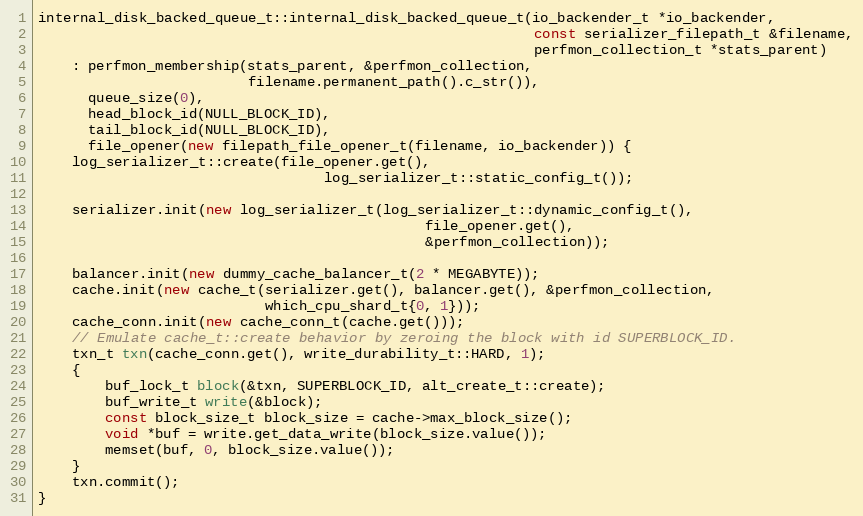
Language: C++
internal_disk_backed_queue_t::internal_disk_backed_queue_t(io_backender_t *io_backender,
                                                           const serializer_filepath_t &filename,
                                                           perfmon_collection_t *stats_parent)
    : perfmon_membership(stats_parent, &perfmon_collection,
                         filename.permanent_path().c_str()),
      queue_size(0),
      head_block_id(NULL_BLOCK_ID),
      tail_block_id(NULL_BLOCK_ID),
      file_opener(new filepath_file_opener_t(filename, io_backender)) {
    log_serializer_t::create(file_opener.get(),
                                  log_serializer_t::static_config_t());

    serializer.init(new log_serializer_t(log_serializer_t::dynamic_config_t(),
                                              file_opener.get(),
                                              &perfmon_collection));

    balancer.init(new dummy_cache_balancer_t(2 * MEGABYTE));
    cache.init(new cache_t(serializer.get(), balancer.get(), &perfmon_collection,
                           which_cpu_shard_t{0, 1}));
    cache_conn.init(new cache_conn_t(cache.get()));
    // Emulate cache_t::create behavior by zeroing the block with id SUPERBLOCK_ID.
    txn_t txn(cache_conn.get(), write_durability_t::HARD, 1);
    {
        buf_lock_t block(&txn, SUPERBLOCK_ID, alt_create_t::create);
        buf_write_t write(&block);
        const block_size_t block_size = cache->max_block_size();
        void *buf = write.get_data_write(block_size.value());
        memset(buf, 0, block_size.value());
    }
    txn.commit();
}